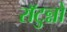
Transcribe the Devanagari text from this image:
राॅटुन्नो